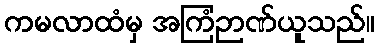
ကမလာထံမှ အကြံဉာဏ်ယူသည်။